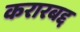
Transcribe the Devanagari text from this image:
करारबद्द